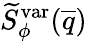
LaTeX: \widetilde{S}_{\phi}^{\mathrm{var}}(\overline{{q}})